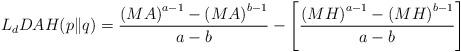
LaTeX: \begin{align*}L_{d}DAH(p\|q)=\frac{\left(MA\right)^{a-1}-\left(MA\right)^{b-1}}{a-b}-\left[\frac{\left(MH\right)^{a-1}-\left(MH\right)^{b-1}}{a-b}\right] \end{align*}